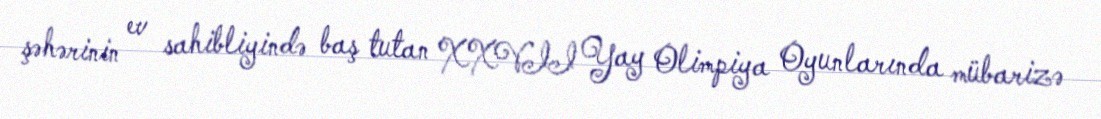
şəhərinin ev sahibliyində baş tutan XXVII Yay Olimpiya Oyunlarında mübarizə